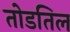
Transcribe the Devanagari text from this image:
तोडतिल